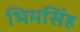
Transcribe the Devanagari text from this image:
भिमसिंह